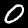
Label: 0